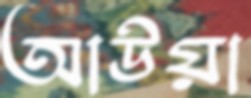
আউয়া